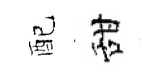
配甜